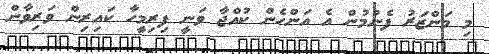
މި މަންޒަރު ފެނުމުން އެ އަންހެން ކުއްޖާ ވަނީ ފިރިމީހާ ކައިރިން ވަރިވާން